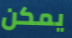
يمكن